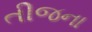
તીજના